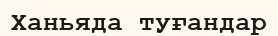
Ханьяда туғандар